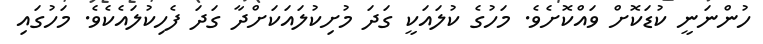
ހުންނަނީ ކުޑަކޮށް ވައްކޮށެވެ. މަހުގެ ކުލައަކީ ގަދަ މުށިކުލައަކަށްދާ ގަދަ ފެހިކުލައެކެވެ. މަހުގައި